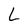
Character: L